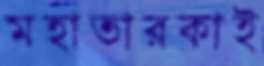
মহাতারকাই